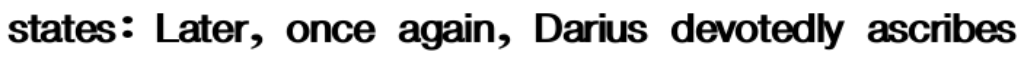
states: Later, once again, Darius devotedly ascribes